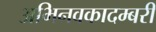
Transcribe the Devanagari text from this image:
अभिनवकादम्बरी